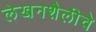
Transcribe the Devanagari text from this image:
लेखनशैलीचे